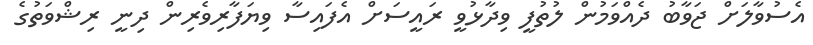
އެސުވާލަށް ޖަވާބު ދެއްވަމުން ލުތުފީ ވިދާޅުވީ ރައީސަށް އެފައިސާ ވިޔަފާރިވެރިން ދިނީ ރިޝްވަތުގެ